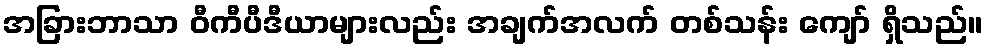
အခြားဘာသာ ဝီကီပီဒီယာများလည်း အချက်အလက် တစ်သန်း ကျော် ရှိသည်။